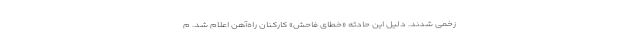
زخمی شدند. دلیل این حادثه «خطای فاحش» کارکنان راه‌آهن اعلام شد. م